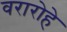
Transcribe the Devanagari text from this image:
वरारोहे